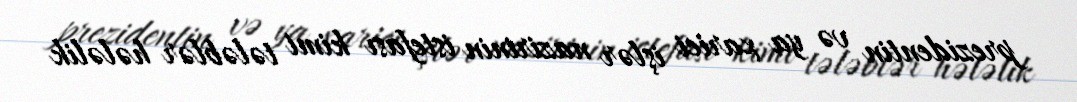
prezidentin və ya xarici işlər nazirinin istefası kimi tələblər hələlik